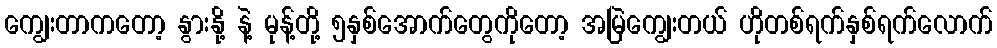
ကျွေးတာကတော့ နွားနို့ နဲ့ မုန့်တို့ ၅နှစ်အောက်တွေကိုတော့ အမြဲကျွေးတယ် ဟိုတစ်ရက်နှစ်ရက်လောက်